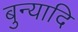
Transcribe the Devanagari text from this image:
बुन्यादि